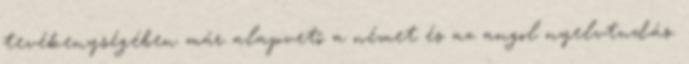
tevékenységében már alapvetô a német és az angol nyelvtudás.